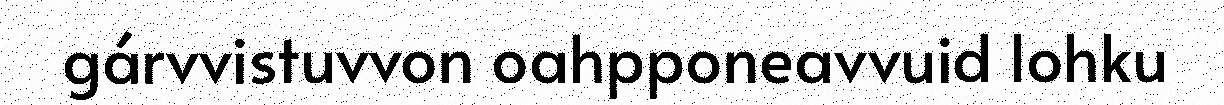
gárvvistuvvon oahpponeavvuid lohku